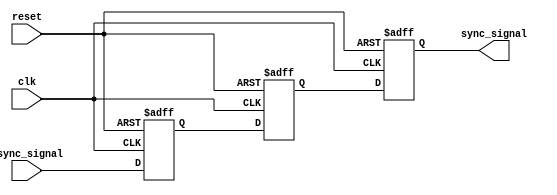
module metastability_filter (
    input wire clk,             // Clock signal
    input wire async_signal,    // Asynchronous input signal
    input wire reset,           // Asynchronous reset signal (optional)
    output reg sync_signal      // Synchronized output signal
);

    // Internal signals for the dual flip-flop structure
    reg ff1, ff2;

    // First flip-flop (FF1)
    always @(posedge clk or posedge reset) begin
        if (reset) begin
            ff1 <= 1'b0; // Initialize FF1 to a known state on reset
        end else begin
            ff1 <= async_signal; // Sample the asynchronous signal
        end
    end

    // Second flip-flop (FF2)
    always @(posedge clk or posedge reset) begin
        if (reset) begin
            ff2 <= 1'b0; // Initialize FF2 to a known state on reset
        end else begin
            ff2 <= ff1; // Sample the output of FF1
        end
    end

    // Output signal
    always @(posedge clk or posedge reset) begin
        if (reset) begin
            sync_signal <= 1'b0; // Initialize sync_signal to a known state on reset
        end else begin
            sync_signal <= ff2; // Output the stable signal
        end
    end

endmodule